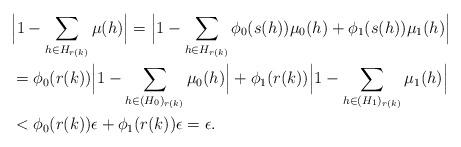
LaTeX: \begin{align*}& \Big|1-\sum_{h\in H_{r(k)}} \mu(h)\Big| =\Big|1-\sum_{h\in H_{r(k)}}\phi_0(s(h))\mu_0(h)+\phi_1(s(h))\mu_1(h)\Big| \\& = \phi_0(r(k))\Big|1-\sum_{h\in (H_0)_{r(k)}}\mu_0(h)\Big|+\phi_1(r(k))\Big|1-\sum_{h\in (H_1)_{r(k)}}\mu_1(h)\Big| \\ & <\phi_0(r(k))\epsilon+\phi_1(r(k))\epsilon=\epsilon.\end{align*}